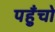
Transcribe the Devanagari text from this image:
पहुँचो